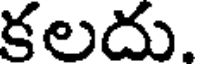
కలదు.